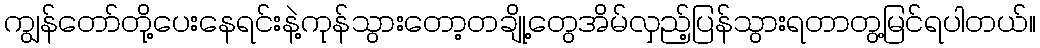
ကျွန်တော်တို့ပေးနေရင်းနဲ့ကုန်သွားတော့တချို့တွေအိမ်လှည့်ပြန်သွားရတာတွ့မြင်ရပါတယ်။